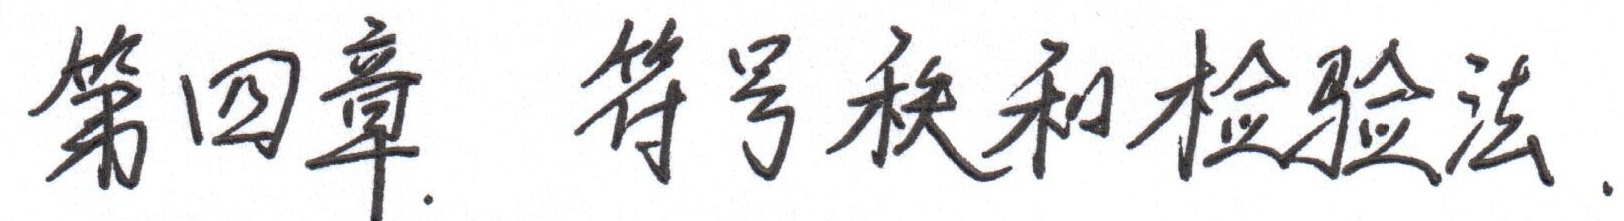
第四章. 符号秩和检验法.